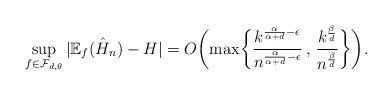
LaTeX: \begin{align*}\sup_{f \in \mathcal{F}_{d,\theta}}| \mathbb{E}_f(\hat{H}_n) - H| = O \biggl( \max \biggl\{ \frac{k^{\frac{\alpha}{\alpha+d} - \epsilon}}{n^{\frac{\alpha}{\alpha+d} - \epsilon}}\, , \, \frac{k^{\frac{\beta}{d}}}{n^{\frac{\beta}{d}}} \biggr\} \biggr).\end{align*}